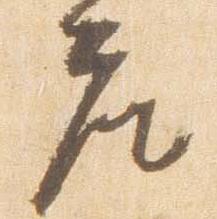
座